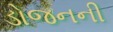
ડોજનની